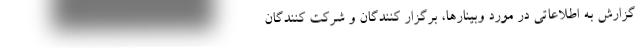
گزارش به اطلاعاتی در مورد وبینارها، برگزار کنندگان و شرکت کنندگان